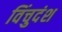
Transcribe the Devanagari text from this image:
विंचुदंश